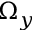
\Omega _ { y }